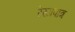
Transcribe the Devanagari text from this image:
रेखापात्र